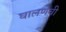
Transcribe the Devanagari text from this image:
घालणेची